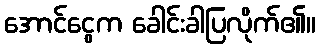
အောင်ငွေက ခေါင်းခါပြလိုက်၏။